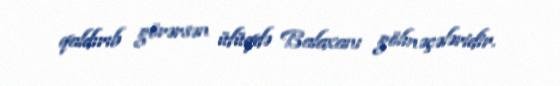
qaldırıb görərsən üfüqdə Balaxanı gölməçələridir.